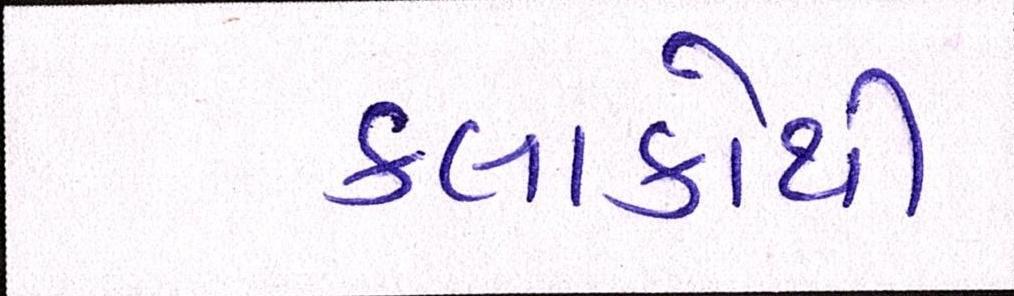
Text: કલાકોથી